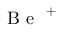
\mathrm { ~ B ~ e ~ } ^ { \mathrm { ~ + ~ } }